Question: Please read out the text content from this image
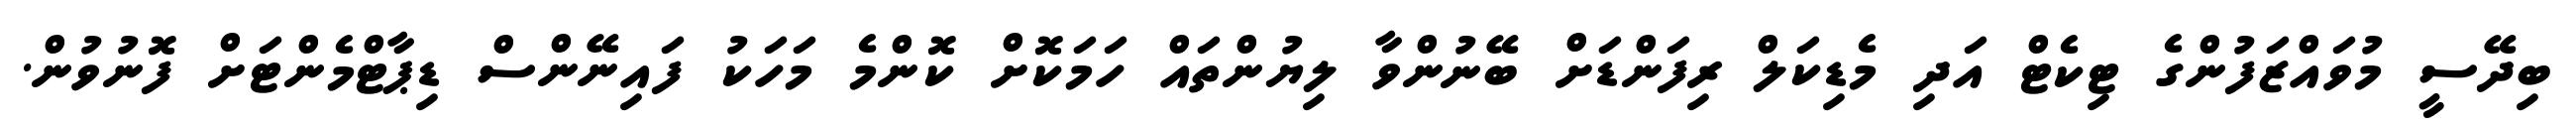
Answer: ބިދޭސީ މުވައްޒަފުންގެ ޓިކެޓް އަދި މެޑިކަލް ރިފަންޑަށް ބޭނުންވާ ލިޔުންތައް ހަމަކޮށް ކޮންމެ މަހަކު ފައިނޭންސް ޑިޕާޓްމެންޓަށް ފޮނުވުން.